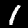
Label: 1